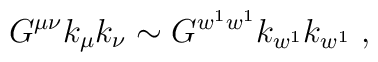
G^{\mu\nu} k_\mu k_\nu \sim G^{w^1 w^1} k_{w^1} k_{w^1}\ ,